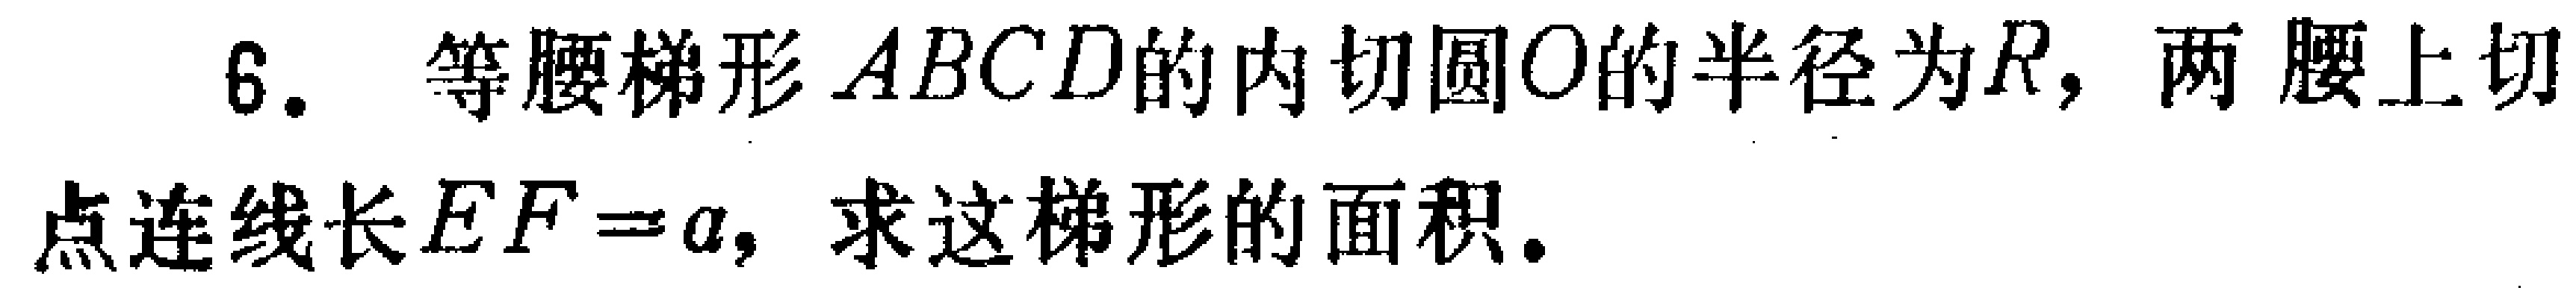
6. 等腰梯形\(ABCD\)的内切圆\(O\)的半径为\(R\)，两腰上切点连线长\(EF = a\)，求这梯形的面积.